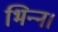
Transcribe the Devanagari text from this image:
भिन्‍न।